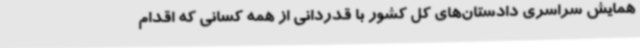
همایش سراسری دادستان‌های کل کشور با قدردانی از همه کسانی که اقدام